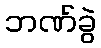
ဘဏ်ခွဲ